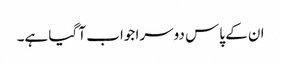
ان کے پاس دوسرا جواب آ گیا ہے۔